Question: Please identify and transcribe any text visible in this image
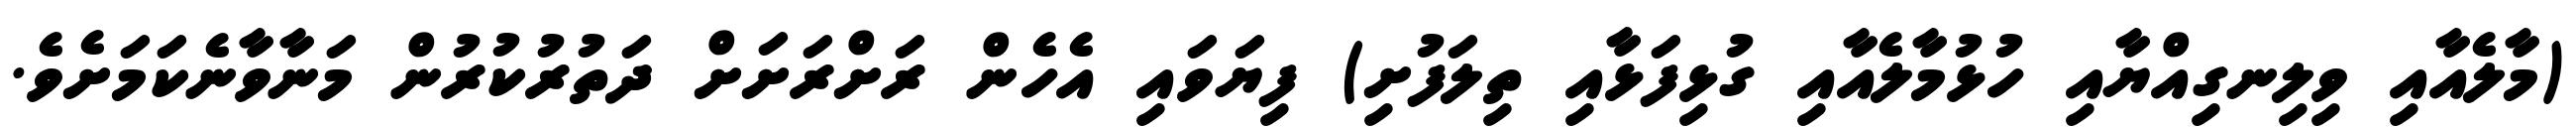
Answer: (މާލެއާއި ވިލިނގިއްޔާއި ހުޅުމާލެއާއި ގުޅިފަޅާއި ތިލަފުށި) ފިޔަވައި އެހެން ރަށްރަށަށް ދަތުރުކުރުން މަނާވާނެކަމަށެވެ.